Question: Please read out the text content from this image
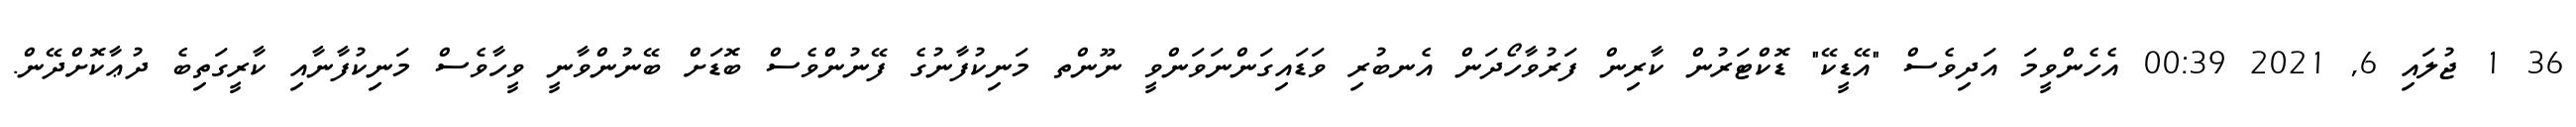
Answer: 36 1 ޖުލައި 6, 2021 00:39 އެހެންވީމަ އަދިވެސް "އޭޑީކޭ" ޑޮކްޓަރުން ކާރިން ފަރުވާހޯދަން އެނބުރި ވަޑައިގަންނަވަންވީ ނޫންތ މަނިކުފާނުގެ ފޭނުންވެސް ބޮޑަށް ބޭނުންވާނީ ވީހާވެސް މަނިކުފާނާއި ކާރީގަތިބެ ދުޢާކޮށްދޭން.